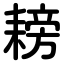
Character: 耪